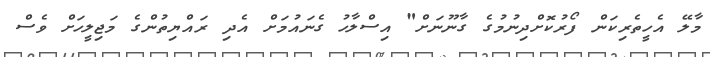
މާލޭ އެހީތެރިކަން ފޯރުކޮށްދިނުމުގެ ގާނޫނަށް" އިސްލާހު ގެނައުމަށް އެދި ރައްޔިތުންގެ މަޖިލީހަށް ވެސް